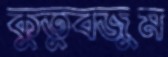
কুতুবজুম